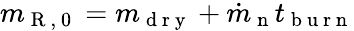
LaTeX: m_{\mathrm{~R~,~0~}}=m_{\mathrm{~d~r~y~}}+\dot{m}_{\mathrm{~n~}}t_{\mathrm{~b~u~r~n~}}